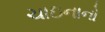
ચાઇનાનો